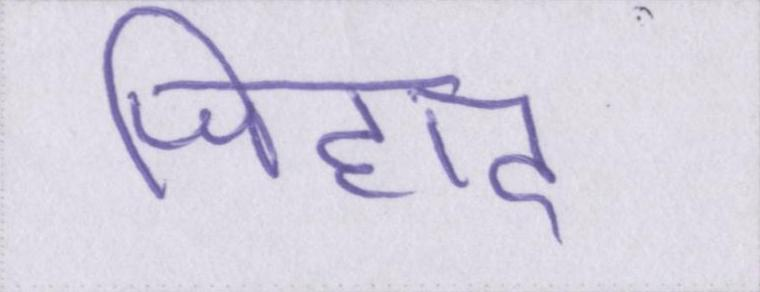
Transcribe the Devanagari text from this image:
जिहाद